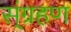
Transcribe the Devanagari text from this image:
स्ंग्रहण